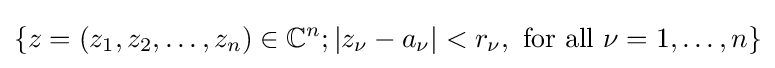
\{z=(z_{1},z_{2},\dots ,z_{n})\in \mathbb {C} ^{n};|z_{\nu }-a_{\nu }|<r_{\nu },{\text{ for all }}\nu =1,\dots ,n\}